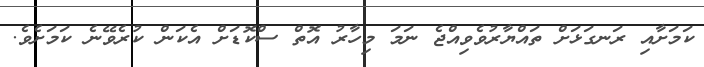
ކަމަށާއި ރަނގަޅަށް ތައްޔާރުވެވިއްޖެ ނަމަ މިހާރު އޮތް ސްކޮޑަށް އެކަން ކުރެވޭނެ ކަމަށެވެ.